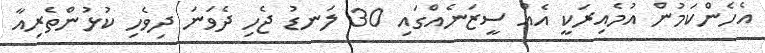
އެހެންކަމުން އުމެއިރަކީ އެއް ސީޒަނެއްގައި 30 ލަނޑު ޖެހި ދެވަނަ ދިވެހި ކުޅުންތެރިއާ